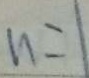
n = 1